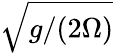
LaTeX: \sqrt{g/(2\Omega)}